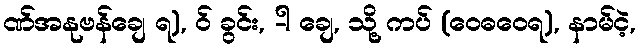
ဏ်အနုဗန်ချေ ရ), ဝ် ခွင်း, -ါ ချေ, သို့ ကပ် (ဝေဓဝေရ), နာမ်ငဲ့,